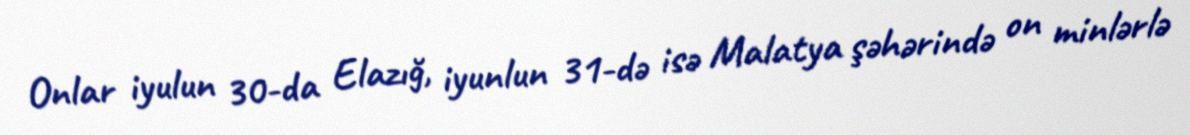
Onlar iyulun 30-da Elazığ, iyunlun 31-də isə Malatya şəhərində on minlərlə